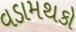
વડામથકો